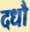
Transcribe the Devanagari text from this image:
दधौ